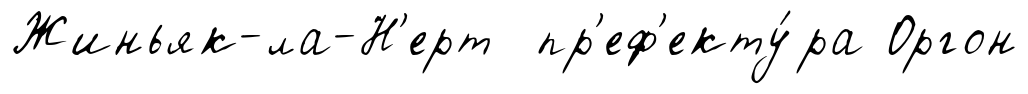
Жиньяк-ла-Н'ерт пр'еф'екту́ра Оргон